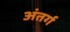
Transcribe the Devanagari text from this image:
अंतर्ग